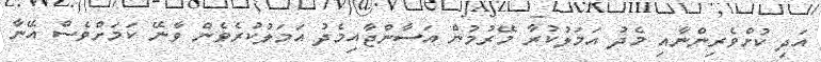
އަދި ކުށްވެރިންނާއި މެދު އަމަލުކުރާ މޭރުމުން އަސާންޖާއިމެދު އަމަލުކުރެވެން ވާނޭ ކަމަށްވެސް އޭނާ